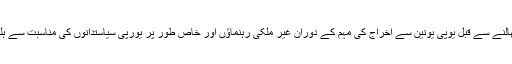
یہ امر اہم ہے کہ نئے برطانوی وزیر خارجہ نیا منصب سنبھالنے سے قبل یوپی یونین سے اخراج کی مہم کے دوران غیر ملکی رہنماؤں اور خاص طور پر یورپی سیاستدانوں کی مناسبت سے ہلکے پھلکے بیان دینے کی وجہ سے بھی شہرت رکھتے ہیں۔